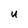
Character: u